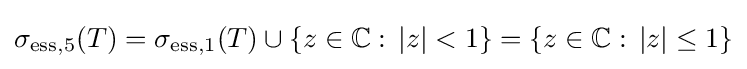
\sigma _{\mathrm {ess} ,5}(T)=\sigma _{\mathrm {ess} ,1}(T)\cup \{z\in \mathbb {C} :\,|z|<1\}=\{z\in \mathbb {C} :\,|z|\leq 1\}